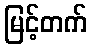
မြင့်တက်